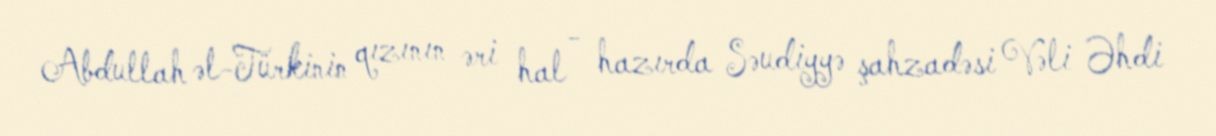
Abdullah əl-Türkinin qızının əri hal - hazırda Səudiyyə şahzadəsi Vəli Əhdi